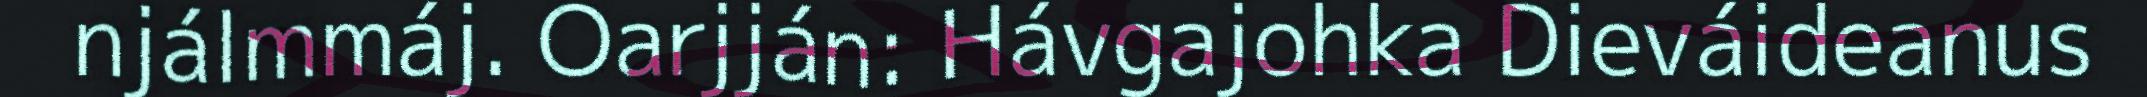
njálmmáj. Oarjján: Hávgajohka Dieváideanus